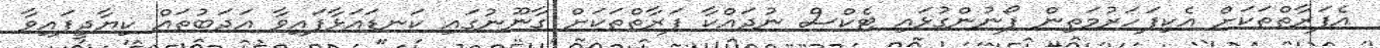
އެފަރާތްތަކަށް އެކިފަހަރުމަތިން ފޯނުންގުޅައި ޓެކްސް ނުދައްކާ ފަރާތްތަކަށް ގާނޫނުގައި ކަނޑައަޅާފައިވާ އަދަބުތައް ކިޔާދީފައިވާ